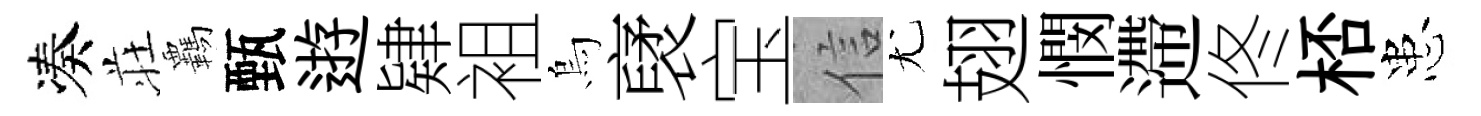
凑荘覊甄逰肄袓烏裦宝信尤翅憫遰佟桮患